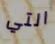
التي